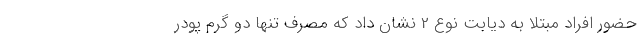
حضور افراد مبتلا به دیابت نوع 2 نشان داد که مصرف تنها دو گرم پودر